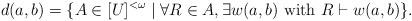
LaTeX: \begin{align*} d(a,b) = \{ A\in[U]^{<\omega} \mid \forall R\in A,\exists w(a,b) \mbox{ with } R \vdash w(a,b)\}. \end{align*}